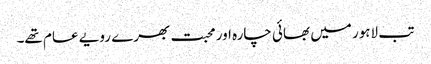
تب لاہور میں بھائی چارہ اور محبت بھرے رویے عام تھے۔